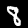
Digit: 8